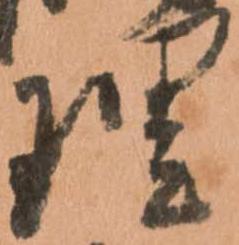
理